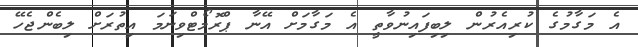
އެ މަގާމުގެ ކުރިއެރުން ލިބިފައިނުވާތީ އެ މަގާމަށް އޭނާ ޕްރޮމޯޓްވިނަމަ އިތުރަށް ލިބެންޖެހޭ